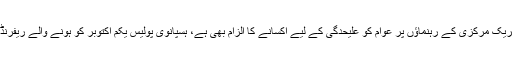
کیٹلونیا کی تحریک کی تحریک مرکزی کے رہنماؤں پر عوام کو علیحدگی کے لیے اکسانے کا الزام بھی ہے، ہسپانوی پولیس یکم اکتوبر کو ہونے والے ریفرنڈم کو نہیں روک سکی تھی۔